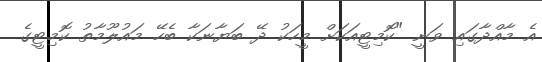
އެ މާއްދާގައި ވަނީ "ކޮމިޓީއަކަށް މީހަކު ދޭ ބަޔާނަކާ ބެހޭ މައުލޫމާތު ކޮމިޓީގެ